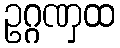
ဥဂ္ဂဏှထ